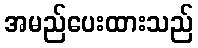
အမည်ပေးထားသည်